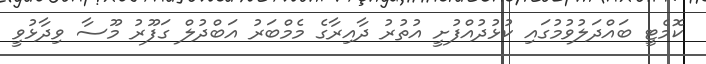
ކޮމެޓީ ބައްދަލުވުމުގައި ކުޅުދުއްފުށީ އުތުރު ދާއިރާގެ މެމްބަރު އަބްދުލް ގަފޫރު މޫސާ ވިދާޅުވީ